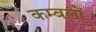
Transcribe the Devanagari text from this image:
कम्बलों